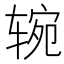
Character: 𰺑